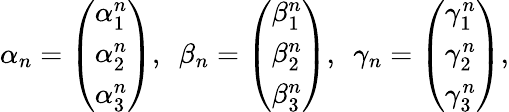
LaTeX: \alpha_{n}=\left(\begin{array}{l}{\alpha_{1}^{n}}\\ {\alpha_{2}^{n}}\\ {\alpha_{3}^{n}}\end{array}\right),\ \ \beta_{n}=\left(\begin{array}{l}{\beta_{1}^{n}}\\ {\beta_{2}^{n}}\\ {\beta_{3}^{n}}\end{array}\right),\ \ \gamma_{n}=\left(\begin{array}{l}{\gamma_{1}^{n}}\\ {\gamma_{2}^{n}}\\ {\gamma_{3}^{n}}\end{array}\right),